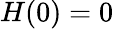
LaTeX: H(0)=0